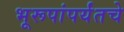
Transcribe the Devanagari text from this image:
भूरूपांपर्यंतचे